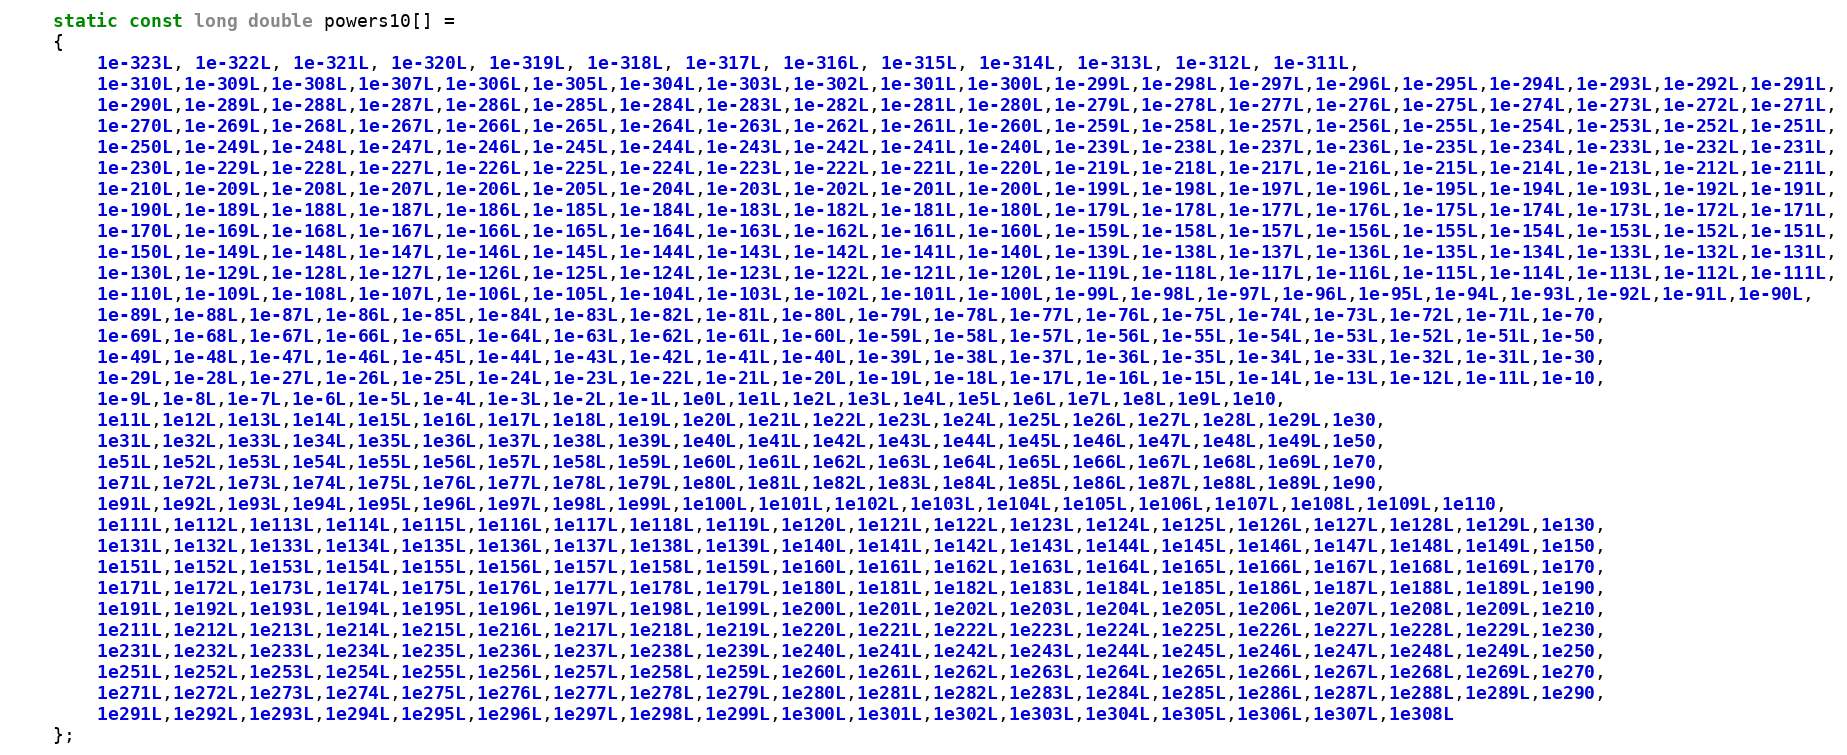
Language: C++
    static const long double powers10[] =
    {
        1e-323L, 1e-322L, 1e-321L, 1e-320L, 1e-319L, 1e-318L, 1e-317L, 1e-316L, 1e-315L, 1e-314L, 1e-313L, 1e-312L, 1e-311L,
        1e-310L,1e-309L,1e-308L,1e-307L,1e-306L,1e-305L,1e-304L,1e-303L,1e-302L,1e-301L,1e-300L,1e-299L,1e-298L,1e-297L,1e-296L,1e-295L,1e-294L,1e-293L,1e-292L,1e-291L,
        1e-290L,1e-289L,1e-288L,1e-287L,1e-286L,1e-285L,1e-284L,1e-283L,1e-282L,1e-281L,1e-280L,1e-279L,1e-278L,1e-277L,1e-276L,1e-275L,1e-274L,1e-273L,1e-272L,1e-271L,
        1e-270L,1e-269L,1e-268L,1e-267L,1e-266L,1e-265L,1e-264L,1e-263L,1e-262L,1e-261L,1e-260L,1e-259L,1e-258L,1e-257L,1e-256L,1e-255L,1e-254L,1e-253L,1e-252L,1e-251L,
        1e-250L,1e-249L,1e-248L,1e-247L,1e-246L,1e-245L,1e-244L,1e-243L,1e-242L,1e-241L,1e-240L,1e-239L,1e-238L,1e-237L,1e-236L,1e-235L,1e-234L,1e-233L,1e-232L,1e-231L,
        1e-230L,1e-229L,1e-228L,1e-227L,1e-226L,1e-225L,1e-224L,1e-223L,1e-222L,1e-221L,1e-220L,1e-219L,1e-218L,1e-217L,1e-216L,1e-215L,1e-214L,1e-213L,1e-212L,1e-211L,
        1e-210L,1e-209L,1e-208L,1e-207L,1e-206L,1e-205L,1e-204L,1e-203L,1e-202L,1e-201L,1e-200L,1e-199L,1e-198L,1e-197L,1e-196L,1e-195L,1e-194L,1e-193L,1e-192L,1e-191L,
        1e-190L,1e-189L,1e-188L,1e-187L,1e-186L,1e-185L,1e-184L,1e-183L,1e-182L,1e-181L,1e-180L,1e-179L,1e-178L,1e-177L,1e-176L,1e-175L,1e-174L,1e-173L,1e-172L,1e-171L,
        1e-170L,1e-169L,1e-168L,1e-167L,1e-166L,1e-165L,1e-164L,1e-163L,1e-162L,1e-161L,1e-160L,1e-159L,1e-158L,1e-157L,1e-156L,1e-155L,1e-154L,1e-153L,1e-152L,1e-151L,
        1e-150L,1e-149L,1e-148L,1e-147L,1e-146L,1e-145L,1e-144L,1e-143L,1e-142L,1e-141L,1e-140L,1e-139L,1e-138L,1e-137L,1e-136L,1e-135L,1e-134L,1e-133L,1e-132L,1e-131L,
        1e-130L,1e-129L,1e-128L,1e-127L,1e-126L,1e-125L,1e-124L,1e-123L,1e-122L,1e-121L,1e-120L,1e-119L,1e-118L,1e-117L,1e-116L,1e-115L,1e-114L,1e-113L,1e-112L,1e-111L,
        1e-110L,1e-109L,1e-108L,1e-107L,1e-106L,1e-105L,1e-104L,1e-103L,1e-102L,1e-101L,1e-100L,1e-99L,1e-98L,1e-97L,1e-96L,1e-95L,1e-94L,1e-93L,1e-92L,1e-91L,1e-90L,
        1e-89L,1e-88L,1e-87L,1e-86L,1e-85L,1e-84L,1e-83L,1e-82L,1e-81L,1e-80L,1e-79L,1e-78L,1e-77L,1e-76L,1e-75L,1e-74L,1e-73L,1e-72L,1e-71L,1e-70,
        1e-69L,1e-68L,1e-67L,1e-66L,1e-65L,1e-64L,1e-63L,1e-62L,1e-61L,1e-60L,1e-59L,1e-58L,1e-57L,1e-56L,1e-55L,1e-54L,1e-53L,1e-52L,1e-51L,1e-50,
        1e-49L,1e-48L,1e-47L,1e-46L,1e-45L,1e-44L,1e-43L,1e-42L,1e-41L,1e-40L,1e-39L,1e-38L,1e-37L,1e-36L,1e-35L,1e-34L,1e-33L,1e-32L,1e-31L,1e-30,
        1e-29L,1e-28L,1e-27L,1e-26L,1e-25L,1e-24L,1e-23L,1e-22L,1e-21L,1e-20L,1e-19L,1e-18L,1e-17L,1e-16L,1e-15L,1e-14L,1e-13L,1e-12L,1e-11L,1e-10,
        1e-9L,1e-8L,1e-7L,1e-6L,1e-5L,1e-4L,1e-3L,1e-2L,1e-1L,1e0L,1e1L,1e2L,1e3L,1e4L,1e5L,1e6L,1e7L,1e8L,1e9L,1e10,
        1e11L,1e12L,1e13L,1e14L,1e15L,1e16L,1e17L,1e18L,1e19L,1e20L,1e21L,1e22L,1e23L,1e24L,1e25L,1e26L,1e27L,1e28L,1e29L,1e30,
        1e31L,1e32L,1e33L,1e34L,1e35L,1e36L,1e37L,1e38L,1e39L,1e40L,1e41L,1e42L,1e43L,1e44L,1e45L,1e46L,1e47L,1e48L,1e49L,1e50,
        1e51L,1e52L,1e53L,1e54L,1e55L,1e56L,1e57L,1e58L,1e59L,1e60L,1e61L,1e62L,1e63L,1e64L,1e65L,1e66L,1e67L,1e68L,1e69L,1e70,
        1e71L,1e72L,1e73L,1e74L,1e75L,1e76L,1e77L,1e78L,1e79L,1e80L,1e81L,1e82L,1e83L,1e84L,1e85L,1e86L,1e87L,1e88L,1e89L,1e90,
        1e91L,1e92L,1e93L,1e94L,1e95L,1e96L,1e97L,1e98L,1e99L,1e100L,1e101L,1e102L,1e103L,1e104L,1e105L,1e106L,1e107L,1e108L,1e109L,1e110,
        1e111L,1e112L,1e113L,1e114L,1e115L,1e116L,1e117L,1e118L,1e119L,1e120L,1e121L,1e122L,1e123L,1e124L,1e125L,1e126L,1e127L,1e128L,1e129L,1e130,
        1e131L,1e132L,1e133L,1e134L,1e135L,1e136L,1e137L,1e138L,1e139L,1e140L,1e141L,1e142L,1e143L,1e144L,1e145L,1e146L,1e147L,1e148L,1e149L,1e150,
        1e151L,1e152L,1e153L,1e154L,1e155L,1e156L,1e157L,1e158L,1e159L,1e160L,1e161L,1e162L,1e163L,1e164L,1e165L,1e166L,1e167L,1e168L,1e169L,1e170,
        1e171L,1e172L,1e173L,1e174L,1e175L,1e176L,1e177L,1e178L,1e179L,1e180L,1e181L,1e182L,1e183L,1e184L,1e185L,1e186L,1e187L,1e188L,1e189L,1e190,
        1e191L,1e192L,1e193L,1e194L,1e195L,1e196L,1e197L,1e198L,1e199L,1e200L,1e201L,1e202L,1e203L,1e204L,1e205L,1e206L,1e207L,1e208L,1e209L,1e210,
        1e211L,1e212L,1e213L,1e214L,1e215L,1e216L,1e217L,1e218L,1e219L,1e220L,1e221L,1e222L,1e223L,1e224L,1e225L,1e226L,1e227L,1e228L,1e229L,1e230,
        1e231L,1e232L,1e233L,1e234L,1e235L,1e236L,1e237L,1e238L,1e239L,1e240L,1e241L,1e242L,1e243L,1e244L,1e245L,1e246L,1e247L,1e248L,1e249L,1e250,
        1e251L,1e252L,1e253L,1e254L,1e255L,1e256L,1e257L,1e258L,1e259L,1e260L,1e261L,1e262L,1e263L,1e264L,1e265L,1e266L,1e267L,1e268L,1e269L,1e270,
        1e271L,1e272L,1e273L,1e274L,1e275L,1e276L,1e277L,1e278L,1e279L,1e280L,1e281L,1e282L,1e283L,1e284L,1e285L,1e286L,1e287L,1e288L,1e289L,1e290,
        1e291L,1e292L,1e293L,1e294L,1e295L,1e296L,1e297L,1e298L,1e299L,1e300L,1e301L,1e302L,1e303L,1e304L,1e305L,1e306L,1e307L,1e308L
    };